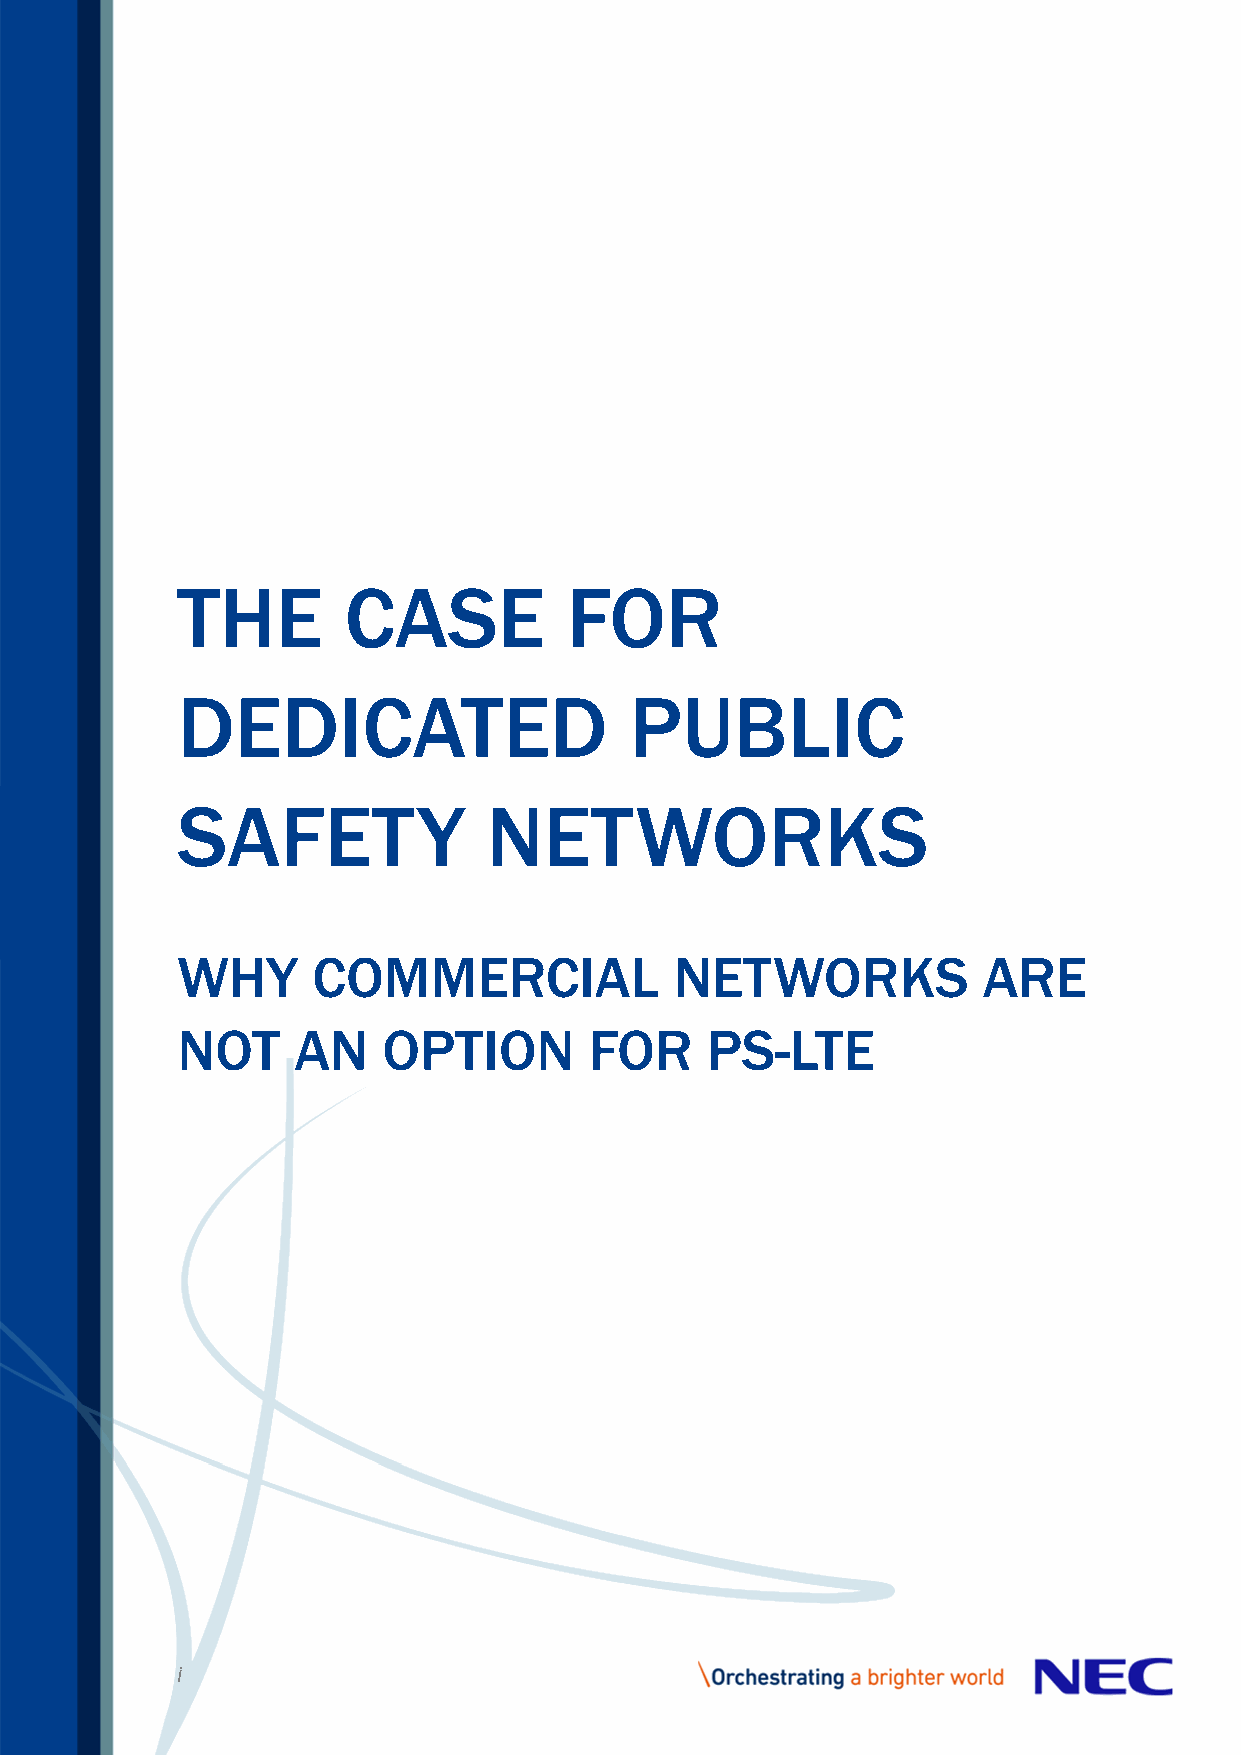
THE        CASE           FOR
 DEDICATED                     PUBLIC
 SAFETY              NETWORKS
 WHY      COMMERCIAL              NETWORKS            ARE
 NOT    AN    OPTION        FOR     PS-LTE
 i